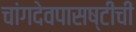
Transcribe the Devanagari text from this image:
चांगदेवपासष्टीची